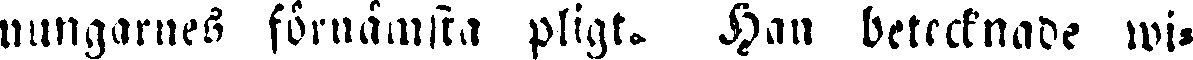
nungarnes förnämsta pligt. Han betecknade wi-